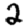
Digit: 2